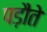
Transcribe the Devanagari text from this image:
पड़ौते